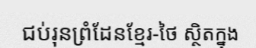
ជប់រុនព្រំដែនខ្មែរ-ថៃ ស្ថិតក្នុង